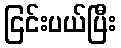
ငြင်းပယ်ပြီး